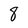
Character: 8